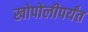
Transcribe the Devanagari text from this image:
खोपोलीपर्यंत